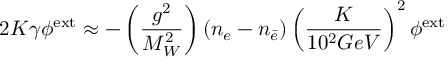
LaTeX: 2 K \gamma \phi ^ { \mathrm { e x t } } \approx - \left( \frac { g ^ { 2 } } { M _ { W } ^ { 2 } } \right) ( n _ { e } - n _ { \bar { e } } ) \left( \frac { K } { 1 0 ^ { 2 } G e V } \right) ^ { 2 } \phi ^ { \mathrm { e x t } }